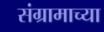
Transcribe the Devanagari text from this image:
संग्रामाच्या